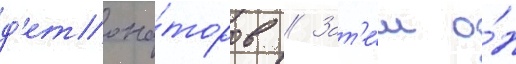
д'етона́торов // Зат'е́м о́н